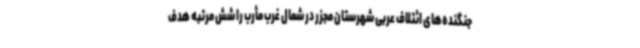
جنگنده‌های ائتلاف عربی شهرستان مجزر در شمال غرب مأرب را شش مرتبه هدف